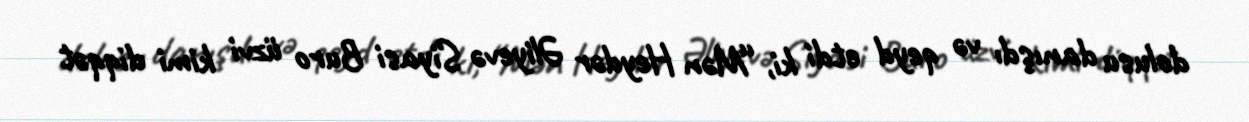
dolusu danışdı və qeyd etdi ki, “Mən Heydər Əliyevə Siyasi Buro üzvi kimi diqqət